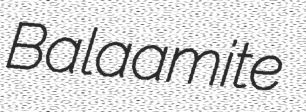
Balaamite